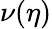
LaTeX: \nu(\eta)